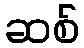
ဆစ်